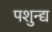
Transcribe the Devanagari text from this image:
पशुन्द्य